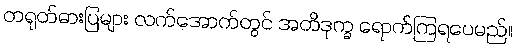
တရုတ်ဓားပြများ လက်အောက်တွင် အတိဒုက္ခ ရောက်ကြရပေမည်။